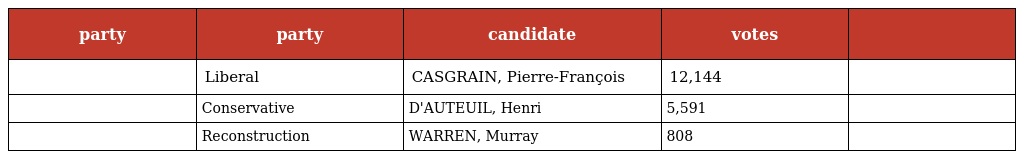
| party | party | candidate | votes |  |
 | --- | --- | --- | --- | --- |
 |  | Liberal | CASGRAIN, Pierre-François | 12,144 |  |
 |  | Conservative | D'AUTEUIL, Henri | 5,591 |  |
 |  | Reconstruction | WARREN, Murray | 808 |  |